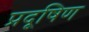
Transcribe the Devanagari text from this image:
प्रदूषिण